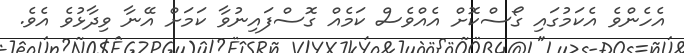
އެހެންވެ އެކަމުގައި ގޯސްކޮށް އެއްވެސް ކަމެއް ގޮސްފައިނުވާ ކަމަށް އޭނާ ވިދާޅުވެ އެވެ.